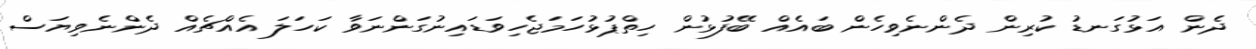
ދެން އަޅުގަނޑު ކުރިން ދެންނެވިހެން ބައެއް ބޭފުޅުން ހިތްޕުޅުހަމަޖެހިވަޑައިނުގަންނަވާ ކަހަލަ އެއްޗެއް ދެންނެވިޔަސް